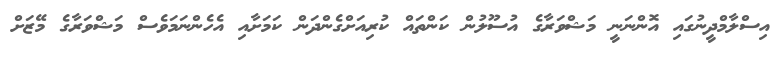
އިސްލާމްދީނުގައި އޮންނަނީ މަޝްވަރާގެ އުސޫލުން ކަންތައް ކުރިއަށްގެންދަން ކަމަށާއި އެހެންނަމަވެސް މަޝްވަރާގެ މޭޒަށް